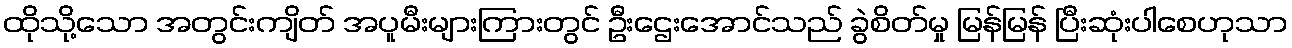
ထိုသို့သော အတွင်းကျိတ် အပူမီးများကြားတွင် ဦးဌေးအောင်သည် ခွဲစိတ်မှု မြန်မြန် ပြီးဆုံးပါစေဟုသာ